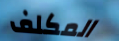
المكلف